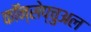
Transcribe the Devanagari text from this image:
कॉन्सेप्चुअल